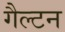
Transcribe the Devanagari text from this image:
गैल्टन